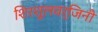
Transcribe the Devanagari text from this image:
शिरशूलवर्जिनी